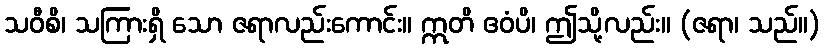
သဝီစိ၊ သကြားရှိ သော ဇရာလည်းကောင်း။ ဣတိ ဧဝံပိ၊ ဤသို့လည်း။ (ဇရာ၊ သည်။)